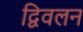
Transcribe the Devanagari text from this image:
द्विवलन